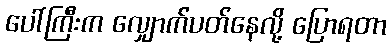
ပေါ်ကြီးက လျှောက်ပတ်နေလို့ ပြောရတာ